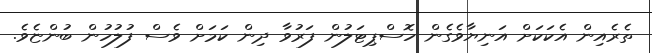
ތެރެއިން އެކަކަށް އަނިޔާވެގެން ހޮސްޕިޓަލުން ފަރުވާ ދިން ކަމަށް ވެސް ފުލުހުން ބުންޏެވެ.